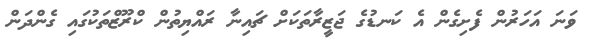
ވަނަ އަހަރުން ފެށިގެން އެ ކަނޑުގެ ޖަޒީރާތަކަށް ޗައިނާ ރައްޔިތުން ކްރޫޒްތަކުގައި ގެންދަން